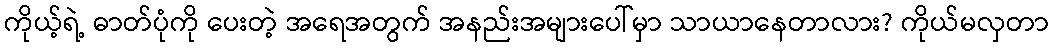
ကိုယ့်ရဲ့ ဓာတ်ပုံကို ပေးတဲ့ အရေအတွက် အနည်းအများပေါ်မှာ သာယာနေတာလား? ကိုယ်မလှတာ